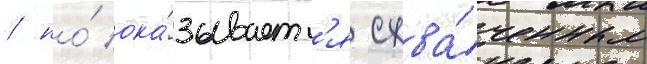
/ но́ ока́зываетс'я схва́ченным